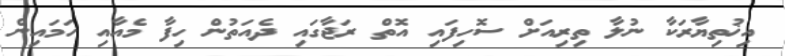
އިޚުތިޔާރަކާ ނުލާ ތިރިއަށް ސޮހިފައި އޮތް ރަޖާގައި ދެއަތުން ހިފާ މެއާއި ހަމައިން